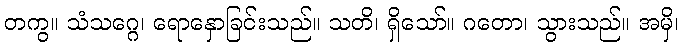
တကွ။ သံသဂ္ဂေ၊ ရောနှောခြင်းသည်။ သတိ၊ ရှိသော်။ ဂတော၊ သွားသည်။ အမှိ၊